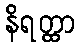
နိရတ္ထာ